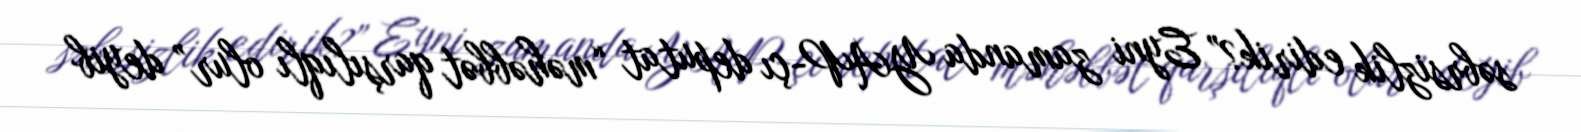
səbrsizlik edirik?” Eyni zamanda YAP-çı deputat “məhəbbət qarşılıqlı olur” deyib